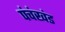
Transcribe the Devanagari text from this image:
पंचंखंड